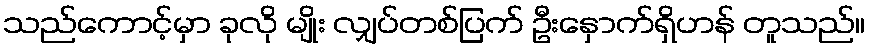
သည်ကောင့်မှာ ခုလို မျိုး လျှပ်တစ်ပြက် ဦးနှောက်ရှိဟန် တူသည်။